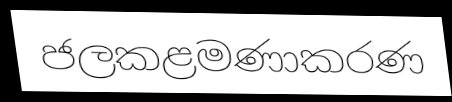
ජලකළමණාකරණ